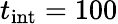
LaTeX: t_{\mathrm{int}}=100